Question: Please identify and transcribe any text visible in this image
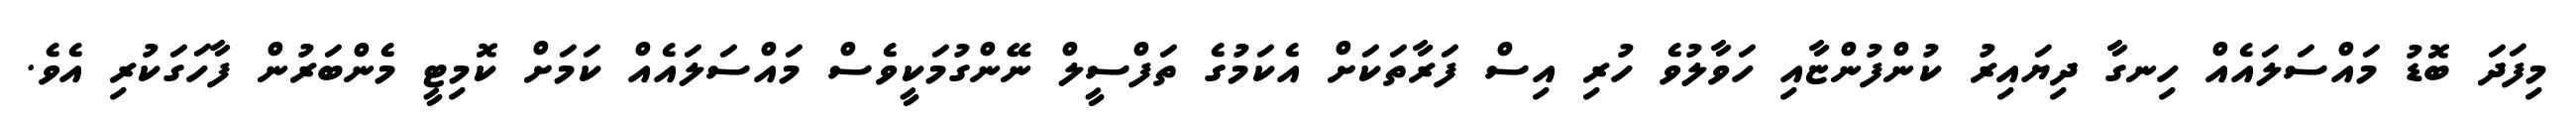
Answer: މިފަދަ ބޮޑު މައްސަލައެއް ހިނގާ ދިޔައިރު ކުންފުންޏާއި ހަވާލުވެ ހުރި އިސް ފަރާތަކަށް އެކަމުގެ ތަފްސީލް ނޭންގުމަކީވެސް މައްސަލައެއް ކަމަށް ކޮމިޓީ މެންބަރުން ފާހަގަކުރި އެވެ.